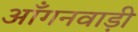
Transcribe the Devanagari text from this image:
आँगनवाड़ी